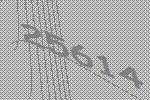
25614